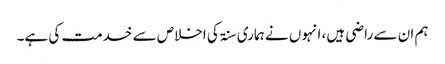
ہم ان سے راضی ہیں، انہوں نے ہماری سنۃ کی اخلاص سے خدمت کی ہے۔